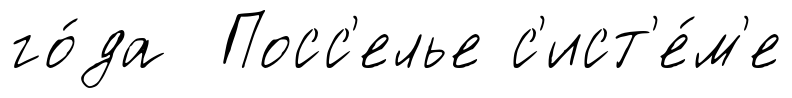
го́да Посс'елье с'ист'е́м'е